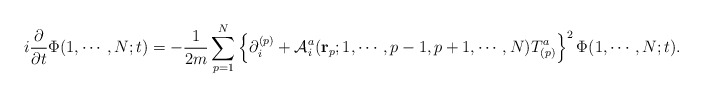
\begin{align*}i\frac{\partial}{\partial t} \Phi (1,\cdots,N;t ) =-\frac{1}{2m} \sum_{p=1}^{N} \left\{ \partial^{(p)}_i +{\cal A}^a_i ({\bf r}_p;1, \cdots, p-1, p+1, \cdots,N)T^a_{(p)} \right\}^2\Phi(1,\cdots,N;t).\end{align*}